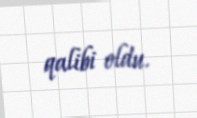
qalibi oldu.